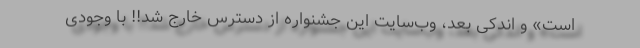
است» و اندکی بعد، وب‌سایت این جشنواره از دسترس خارج شد!! با وجودی